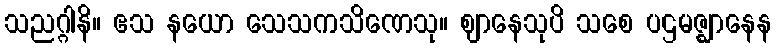
သညဂ္ဂါနိ။ ဧသ နယော သေသကသိဏေသု။ ဈာနေသုပိ သစေ ပဌမဇ္ဈာနေန